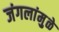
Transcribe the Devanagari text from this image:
जंगलांमु़ळे